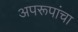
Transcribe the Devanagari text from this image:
अपरूपांचा